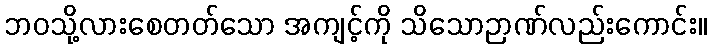
ဘဝသို့လားစေတတ်သော အကျင့်ကို သိသောဉာဏ်လည်းကောင်း။